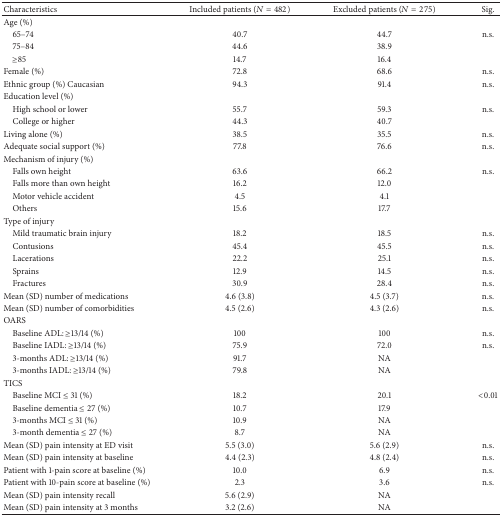
<table><thead><tr><td><b>Characteristics</b></td><td><b>Included patients (<i>N</i> = 482)</b></td><td><b>Excluded patients (<i>N</i> = 275)</b></td><td><b>Sig.</b></td></tr></thead><tbody><tr><td>Age (%)</td><td> </td><td> </td><td> </td></tr><tr><td> 65–74</td><td>40.7</td><td>44.7</td><td>n.s.</td></tr><tr><td> 75–84</td><td>44.6</td><td>38.9</td><td> </td></tr><tr><td> ≥85</td><td>14.7</td><td>16.4</td><td> </td></tr><tr><td>Female (%)</td><td>72.8</td><td>68.6</td><td>n.s.</td></tr><tr><td>Ethnic group (%) Caucasian</td><td>94.3</td><td>91.4</td><td>n.s.</td></tr><tr><td>Education level (%)</td><td> </td><td> </td><td> </td></tr><tr><td> High school or lower</td><td>55.7</td><td>59.3</td><td>n.s.</td></tr><tr><td> College or higher</td><td>44.3</td><td>40.7</td><td> </td></tr><tr><td>Living alone (%)</td><td>38.5</td><td>35.5</td><td>n.s.</td></tr><tr><td>Adequate social support (%)</td><td>77.8</td><td>76.6</td><td>n.s.</td></tr><tr><td>Mechanism of injury (%)</td><td> </td><td> </td><td> </td></tr><tr><td> Falls own height</td><td>63.6</td><td>66.2</td><td>n.s.</td></tr><tr><td> Falls more than own height</td><td>16.2</td><td>12.0</td><td> </td></tr><tr><td> Motor vehicle accident</td><td>4.5</td><td>4.1</td><td> </td></tr><tr><td> Others</td><td>15.6</td><td>17.7</td><td> </td></tr><tr><td>Type of injury</td><td> </td><td> </td><td> </td></tr><tr><td> Mild traumatic brain injury</td><td>18.2</td><td>18.5</td><td>n.s.</td></tr><tr><td> Contusions</td><td>45.4</td><td>45.5</td><td>n.s.</td></tr><tr><td> Lacerations</td><td>22.2</td><td>25.1</td><td>n.s.</td></tr><tr><td> Sprains</td><td>12.9</td><td>14.5</td><td>n.s.</td></tr><tr><td> Fractures</td><td>30.9</td><td>28.4</td><td>n.s.</td></tr><tr><td>Mean (SD) number of medications</td><td>4.6 (3.8)</td><td>4.5 (3.7)</td><td>n.s.</td></tr><tr><td>Mean (SD) number of comorbidities</td><td>4.5 (2.6)</td><td>4.3 (2.6)</td><td>n.s.</td></tr><tr><td>OARS</td><td> </td><td> </td><td> </td></tr><tr><td> Baseline ADL: ≥13/14 (%)</td><td>100</td><td>100</td><td>n.s.</td></tr><tr><td> Baseline IADL: ≥13/14 (%)</td><td>75.9</td><td>72.0</td><td>n.s.</td></tr><tr><td> 3-months ADL: ≥13/14 (%)</td><td>91.7</td><td>NA</td><td> </td></tr><tr><td> 3-months IADL: ≥13/14 (%)</td><td>79.8</td><td>NA</td><td> </td></tr><tr><td>TICS</td><td> </td><td> </td><td> </td></tr><tr><td> Baseline MCI ≤ 31 (%)</td><td>18.2</td><td>20.1</td><td>&lt;0.01</td></tr><tr><td> Baseline dementia ≤ 27 (%)</td><td>10.7</td><td>17.9</td><td> </td></tr><tr><td> 3-months MCI ≤ 31 (%)</td><td>10.9</td><td>NA</td><td> </td></tr><tr><td> 3-month dementia ≤ 27 (%)</td><td>8.7</td><td>NA</td><td> </td></tr><tr><td>Mean (SD) pain intensity at ED visit</td><td>5.5 (3.0)</td><td>5.6 (2.9)</td><td>n.s.</td></tr><tr><td>Mean (SD) pain intensity at baseline</td><td>4.4 (2.3)</td><td>4.8 (2.4)</td><td>n.s.</td></tr><tr><td>Patient with 1-pain score at baseline (%)</td><td>10.0</td><td>6.9</td><td>n.s.</td></tr><tr><td>Patient with 10-pain score at baseline (%)</td><td>2.3</td><td>3.6</td><td>n.s.</td></tr><tr><td>Mean (SD) pain intensity recall</td><td>5.6 (2.9)</td><td>NA</td><td> </td></tr><tr><td>Mean (SD) pain intensity at 3 months</td><td>3.2 (2.6)</td><td>NA</td><td> </td></tr></tbody></table>